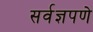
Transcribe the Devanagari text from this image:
सर्वज्ञपणे